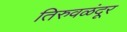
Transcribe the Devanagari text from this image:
तिरुवळंदूर